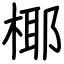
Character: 椰